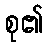
စု၏